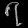
Digit: ၇